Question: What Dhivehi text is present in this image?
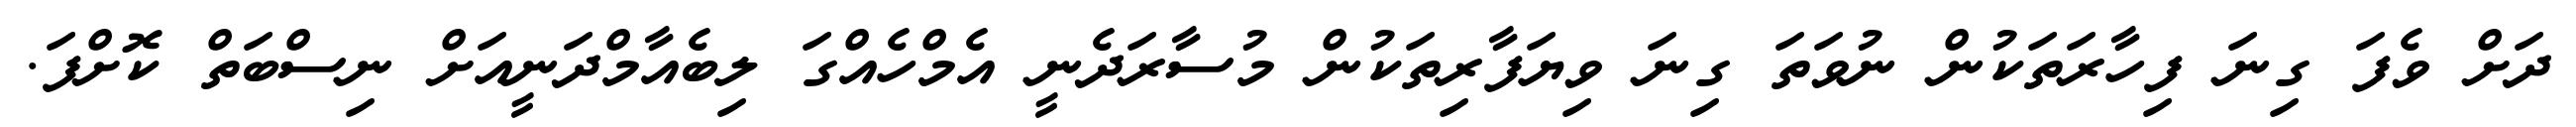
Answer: ދަށް ވެފަ ގިނަ ފިހާރަތަކުން ނުވަތަ ގިނަ ވިޔަފާރިތަކުން މުސާރަދެނީ އެމްހެއްގަ ލިބެއާމްދަނީއަށް ނިސްބަތް ކޮށްފަ.